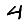
Digit: 4